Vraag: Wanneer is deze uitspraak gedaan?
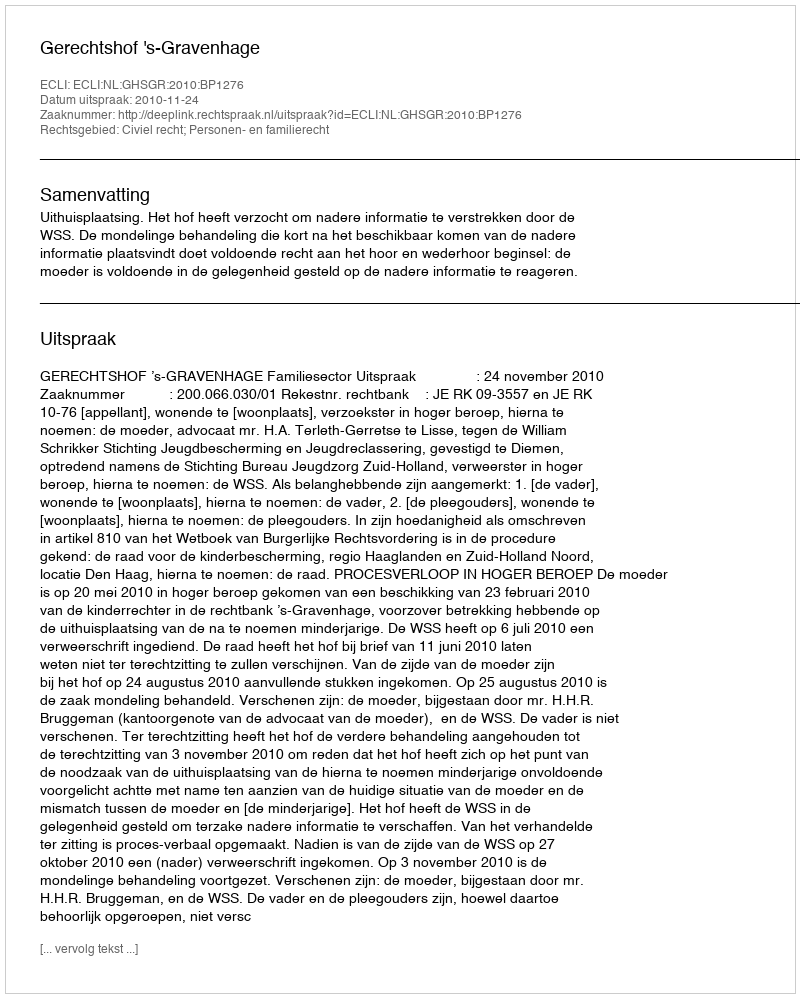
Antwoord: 2010-11-24